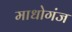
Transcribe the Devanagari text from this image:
माधोगंज